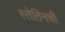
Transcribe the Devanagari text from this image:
स्तेतिनची